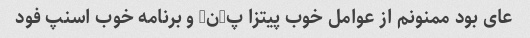
عای بود ممنونم از عوامل خوب پیتزا پ-ن- و برنامه خوب اسنپ فود